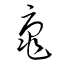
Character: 黿